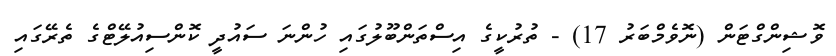
ވޮޝިންގްޓަން (ނޮވެމްބަރު 17) - ތުރުކީގެ އިސްތަންބޫލުގައި ހުންނަ ސައުދީ ކޮންސިއުލޭޓްގެ ތެރޭގައި